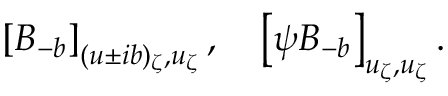
\left[ B _ { - b } \right] _ { ( u \pm i b ) _ { \zeta } , u _ { \zeta } } , ~ ~ ~ \left[ \psi B _ { - b } \right] _ { u _ { \zeta } , u _ { \zeta } } .